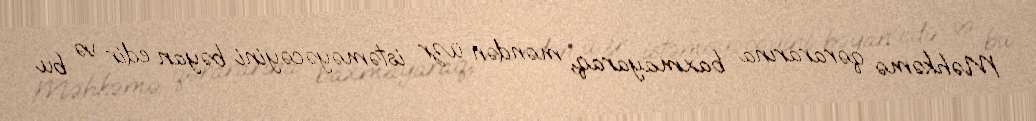
Məhkəmə qərararına baxmayaraq, məndən üzr istəməyəcəyini bəyan edir və bu